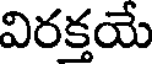
విరక్తయే